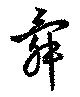
舜